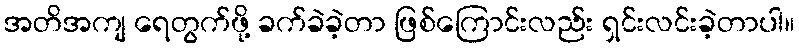
အတိအကျ ရေတွက်ဖို့ ခက်ခဲခဲ့တာ ဖြစ်ကြောင်းလည်း ရှင်းလင်းခဲ့တာပါ။